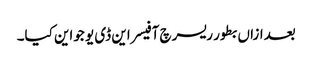
بعدازاں بطور ریسرچ آفیسر این ڈی یو جواین کیا۔